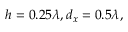
h = 0 . 2 5 \lambda , d _ { x } = 0 . 5 \lambda ,